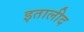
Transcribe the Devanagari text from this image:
इतालीद